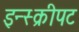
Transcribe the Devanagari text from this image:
इन्स्क्रीपट